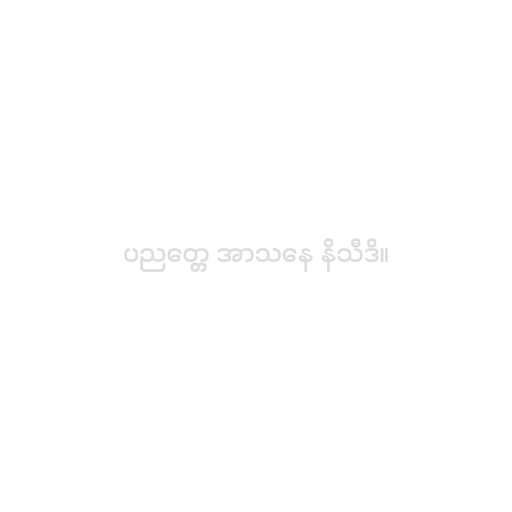
ပညတ္တေ အာသနေ နိသီဒိ။